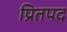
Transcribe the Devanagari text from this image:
प्रितपद